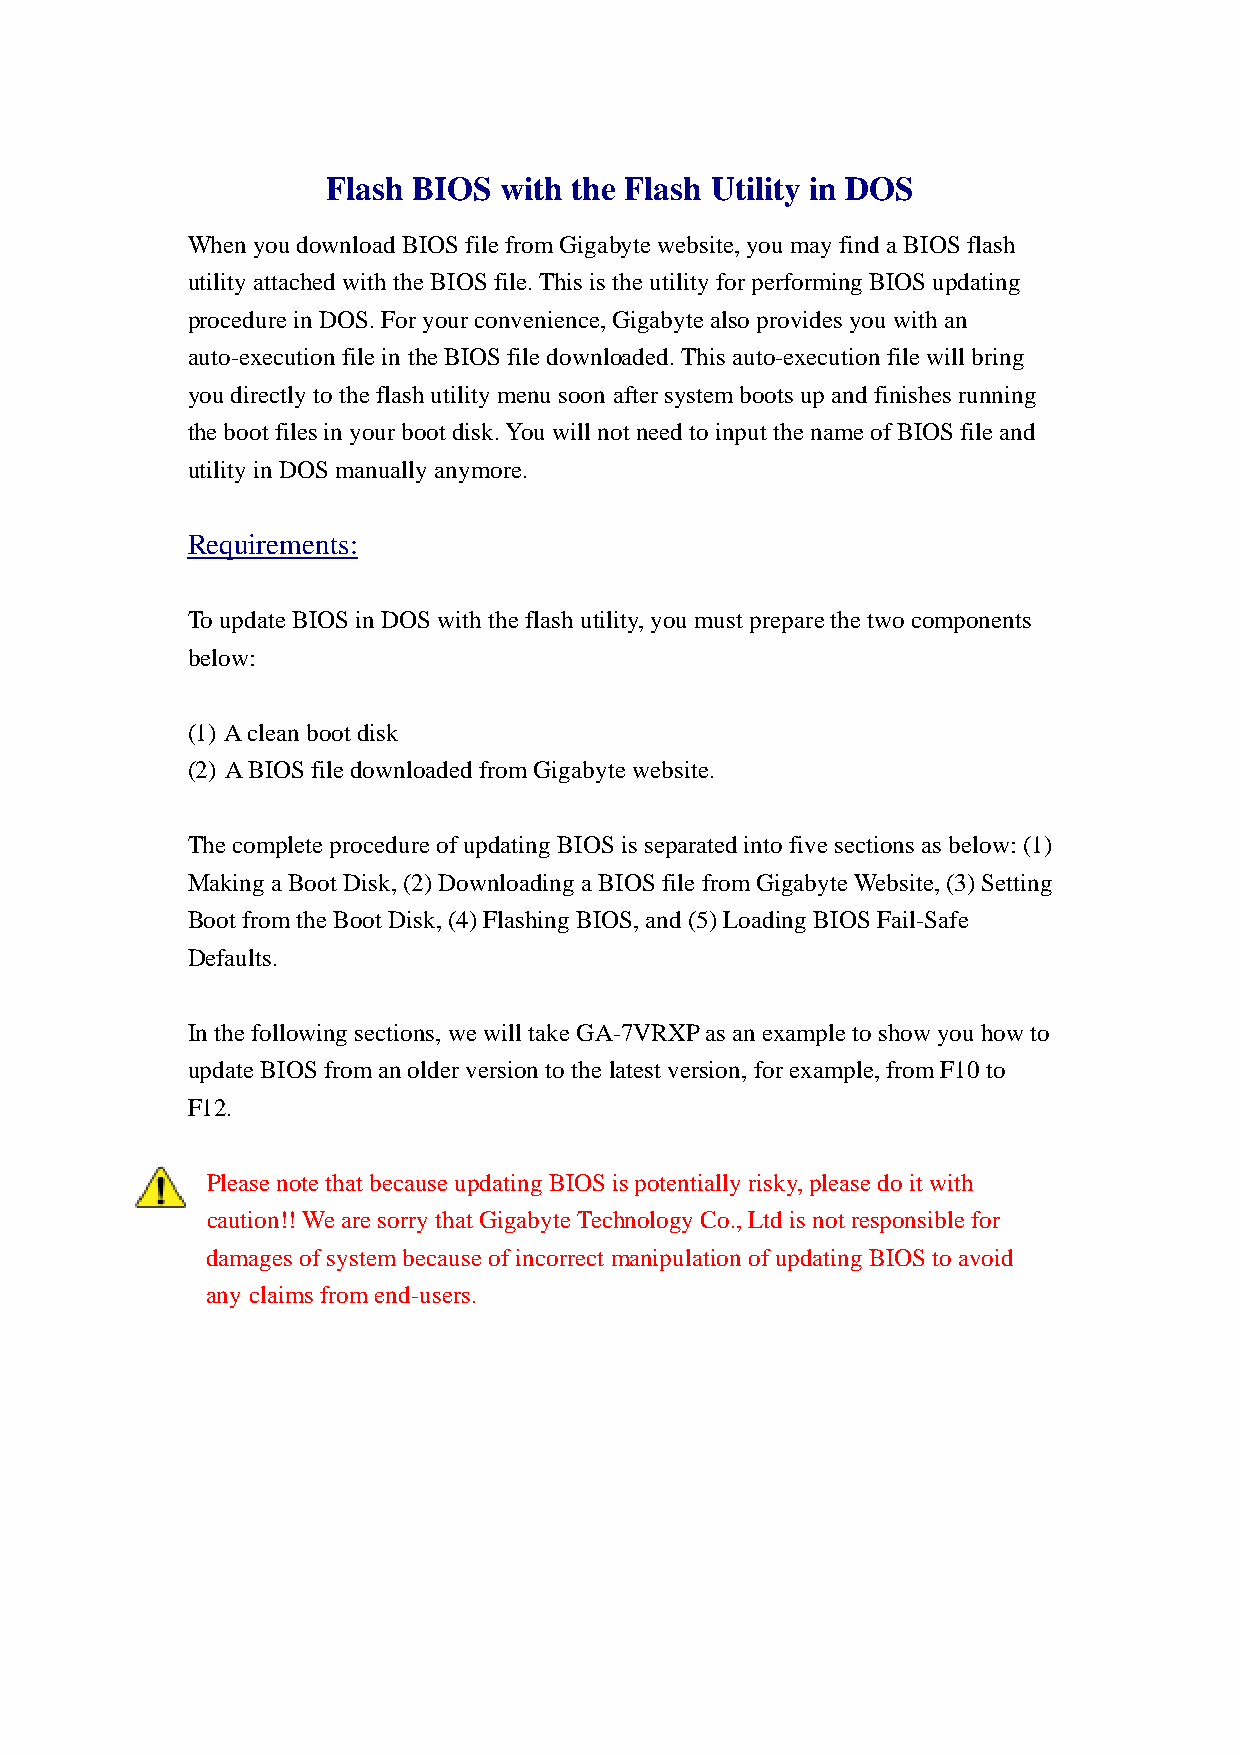
Flash BIOS with the Flash Utility in DOS
 When you download BIOS file from Gigabyte website, you may find a BIOS flash
 utility attached with the BIOS file. This is the utility for performing BIOS updating
 procedure in DOS. For your convenience, Gigabyte also provides you with an
 auto-execution file in the BIOS file downloaded. This auto-execution file will bring
 you directly to the flash utility menu soon after system boots up and finishes running
 the boot files in your boot disk. You will not need to input the name of BIOS file and
 utility in DOS manually anymore.
 Requirements:
 To update BIOS in DOS with the flash utility, you must prepare the two components
 below:
 (1) A clean boot disk
 (2) A BIOS file downloaded from Gigabyte website.
 The complete procedure of updating BIOS is separated into five sections as below: (1)
 Making a Boot Disk, (2) Downloading a BIOS file from Gigabyte Website, (3) Setting
 Boot from the Boot Disk, (4) Flashing BIOS, and (5) Loading BIOS Fail-Safe
 Defaults.
 In the following sections, we will take GA-7VRXP as an example to show you how to
 update BIOS from an older version to the latest version, for example, from F10 to
 F12.
 Please note that because updating BIOS is potentially risky, please do it with
 caution!! We are sorry that Gigabyte Technology Co., Ltd is not responsible for
 damages of system because of incorrect manipulation of updating BIOS to avoid
 any claims from end-users.